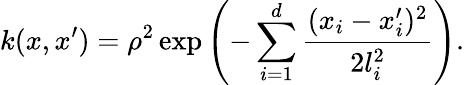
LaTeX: k(x,x^{\prime})=\rho^{2}\exp\left(-\sum_{i=1}^{d}\frac{(x_{i}-x_{i}^{\prime})^{2}}{2l_{i}^{2}}\right).